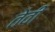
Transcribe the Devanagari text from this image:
तेवीं